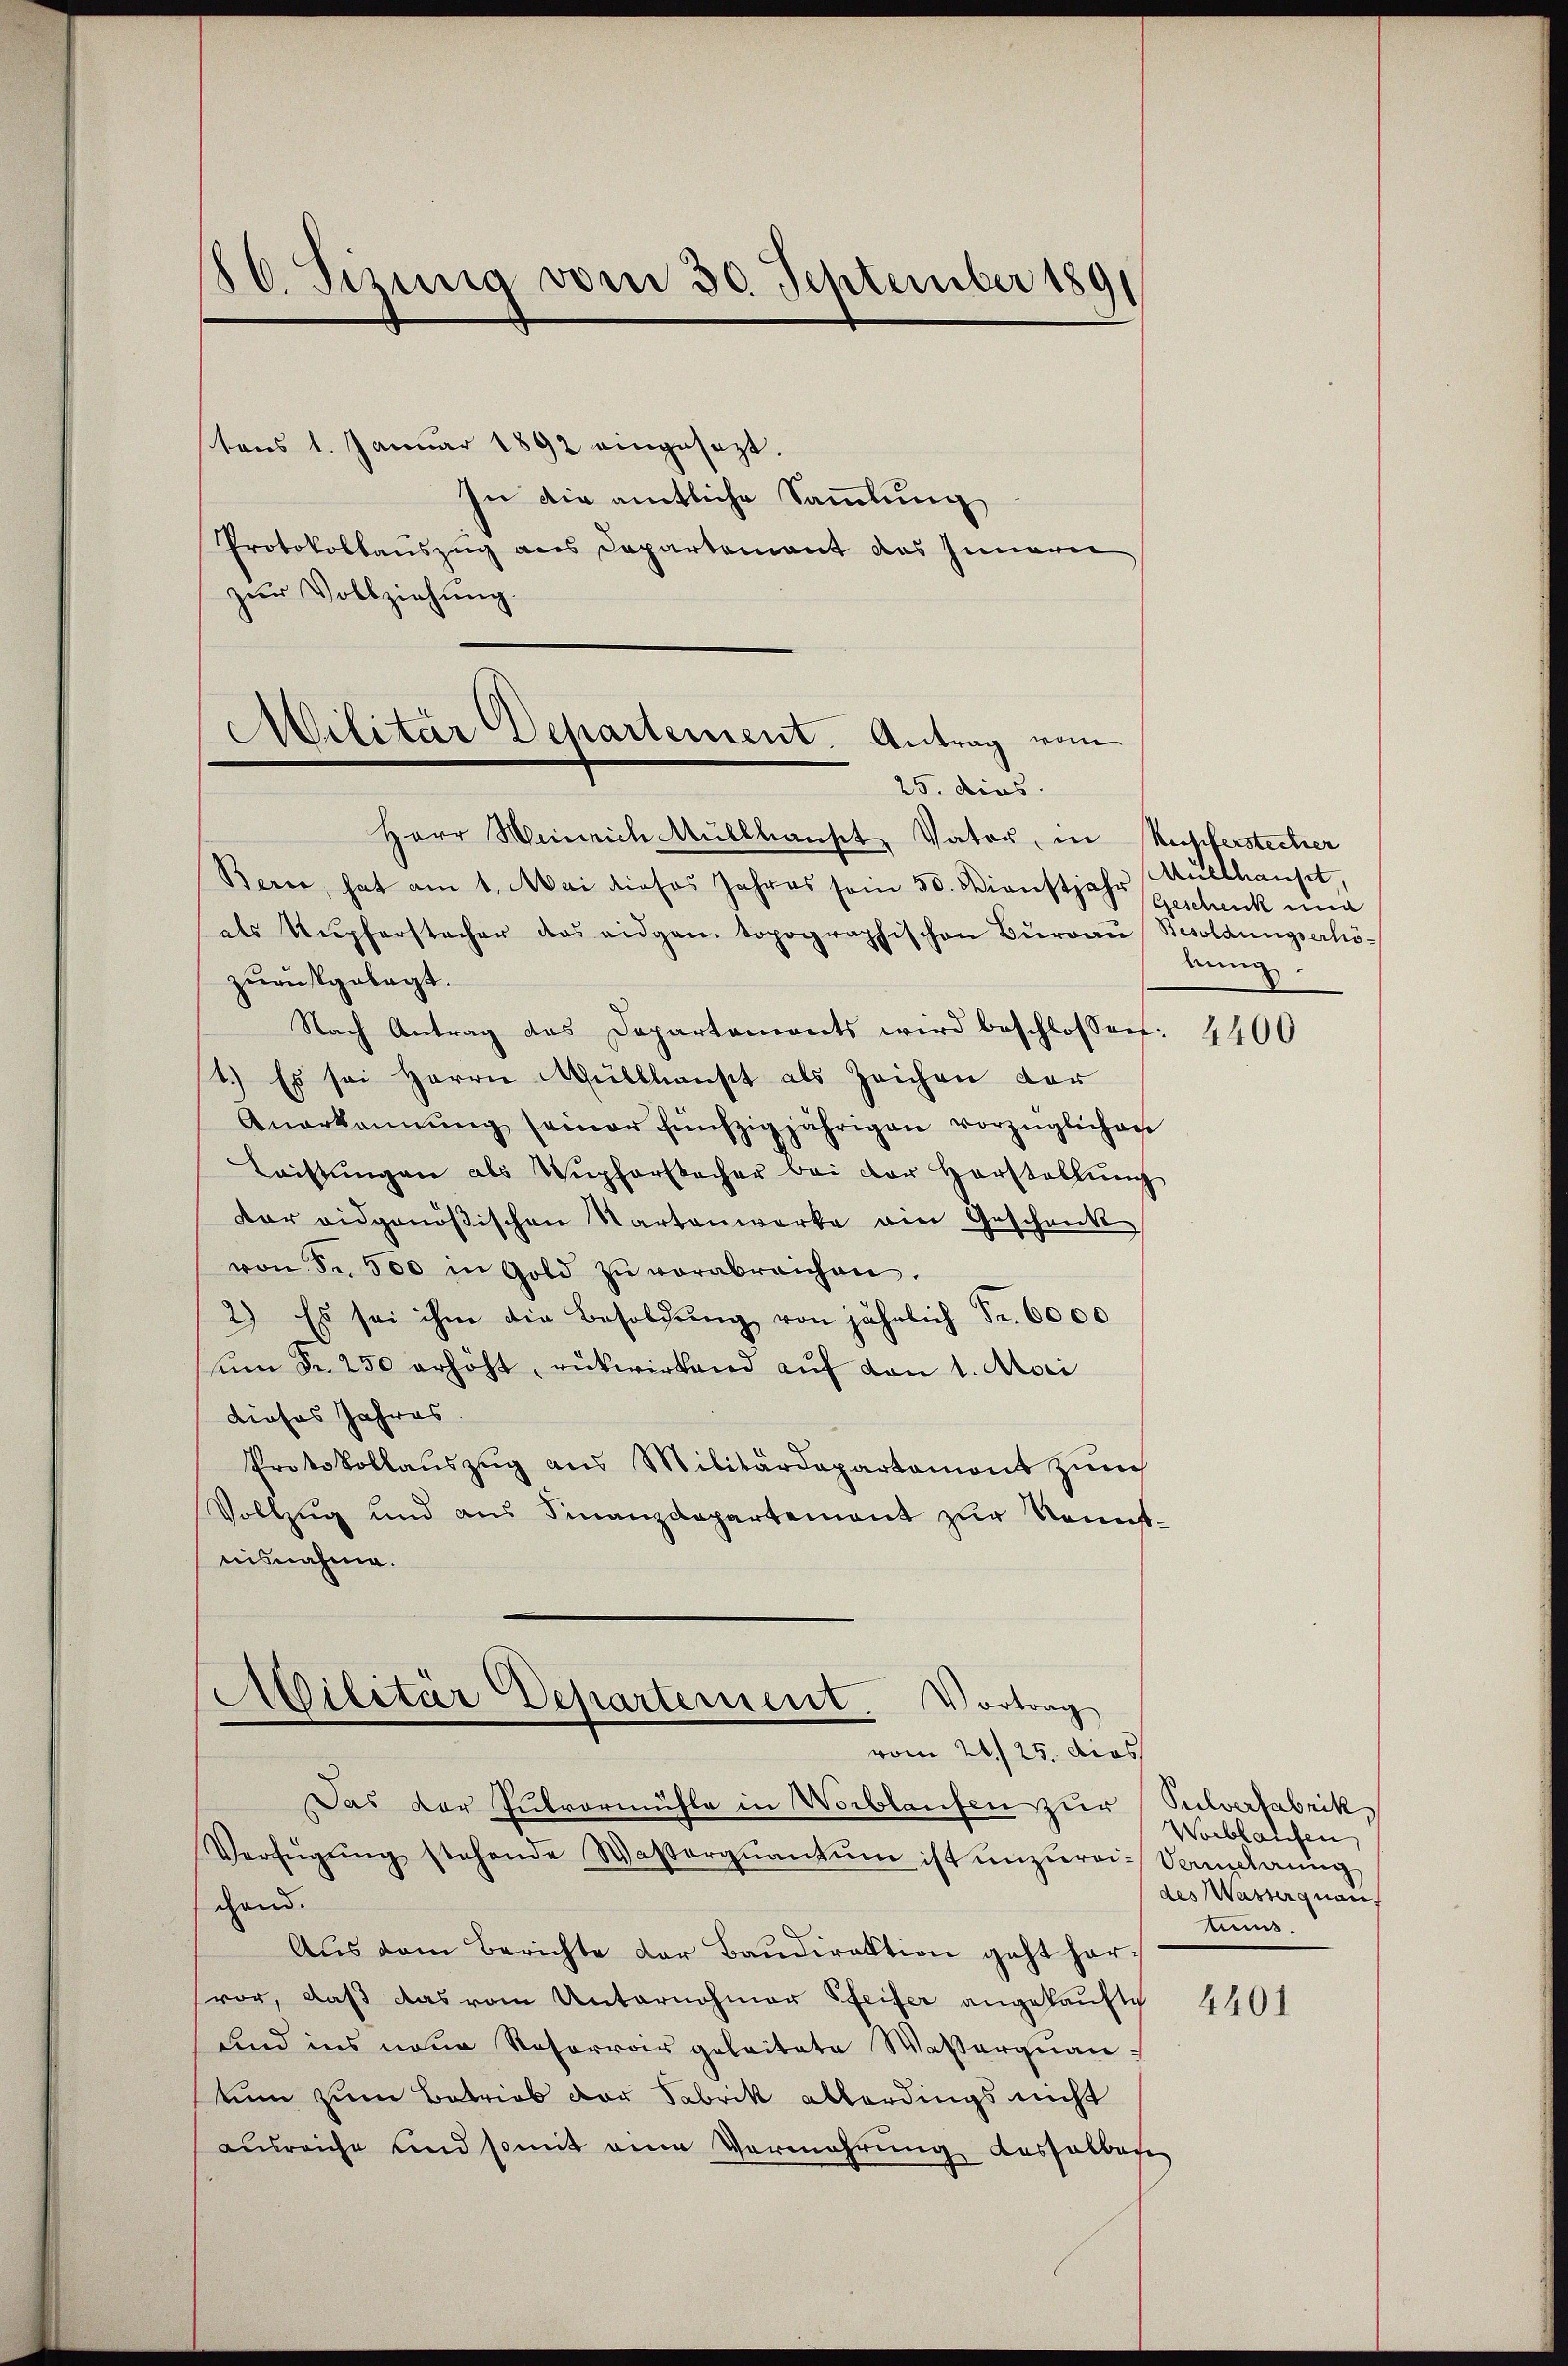
86. Simina vom 30. September 189

tens 1. Januar 1892 eingesezt.
In die amtliche Sammlung
Protokollauszug aus Departement des Innern
Herr Weinrich Müllhauset, Vater, in Kupferstecher
Bern, hat am 1. Mai dieses Jahres soin 50. Dienstjahr Geschenk und
als Kupferstacher das eidgen. Sopographischen Büreaŭ Besoldungserhözurückgelegt.
Nach Antrag des Departements wird beschlossen
1.) Es sei Herrn Müllhaust als Zeichen der
Anerkennung seiner fünfzigjährigen vorzüglicher
Leistŭngen als Wŭpforstecher bei der Herstellŭng
der eidgenößischen Wartenwerke ein Geschreck
von Fr. 500 in Gold zŭ verabreichen.
2.) Es sei ihm die Besoldŭng von jährlich Fr. 6000
ŭm Fr. 250 erhöht, rükwirkend aŭf von 1. Mari
dieses Jahres.
Protokollauszug aus Militärdepartamont zum
Vollzug und aus Finanzdepartement zur Sonnt
nisnahme.

zur Vollziehung.

Militär Departement. Antrag vom
25. dies

Militär Departement. Vortrag
vom 21./25. dies

Das der Zutvormühle in Worblaufen zur Pulverfabrik
Verfügŭng stehende Wasserquantum ist anzŭrei- Vermehrŭng
chend.
Aŭs dem Berichte der Baŭdirektion geht hervor, daß das vom Unternohmer Pfeifer angekaufte
und ins neue Reforroir geleitete Wasserquan-
tim zum Betrieb der Fabrik allerdings nicht
ausreiche und somit eine Vermehrung desselben

Müllhauset,
bung.

4400

Worblaufen,
des Wasserquan
rens.

4401